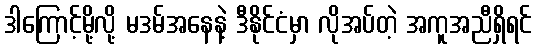
ဒါကြောင့်မို့လို့ မဒမ်အနေနဲ့ ဒီနိုင်ငံမှာ လိုအပ်တဲ့ အကူအညီရှိရင်